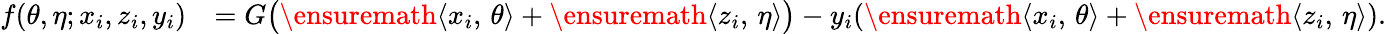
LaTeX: \begin{array}{rl}{f(\theta,{\eta};{x}_{i},{z}_{i},y_{i})}&{=G\big(\ensuremath{\langle{x}_{i},\, \theta\rangle}+\ensuremath{\langle{z}_{i},\, {\eta}\rangle}\big)-y_{i}(\ensuremath{\langle{x}_{i},\, \theta\rangle}+\ensuremath{\langle{z}_{i},\, {\eta}\rangle}).}\end{array}